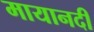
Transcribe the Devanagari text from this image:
मायानदी